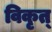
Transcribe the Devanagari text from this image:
विकृत्